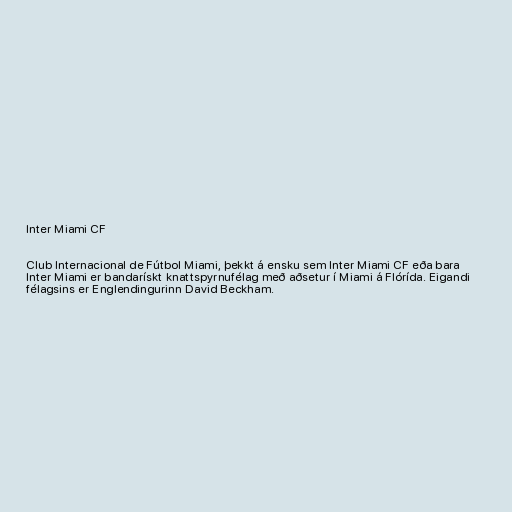
Inter Miami CF

Club Internacional de Fútbol Miami, þekkt á ensku sem Inter Miami CF eða bara
Inter Miami er bandarískt knattspyrnufélag með aðsetur í Miami á Flórída. Eigandi
félagsins er Englendingurinn David Beckham.